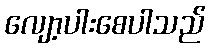
လျော့ပါးစေပါသည်